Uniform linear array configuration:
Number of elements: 4
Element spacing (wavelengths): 1
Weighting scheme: kaiser
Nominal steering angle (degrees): -30
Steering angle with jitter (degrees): -30.547
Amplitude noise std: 0.05
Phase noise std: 0.05

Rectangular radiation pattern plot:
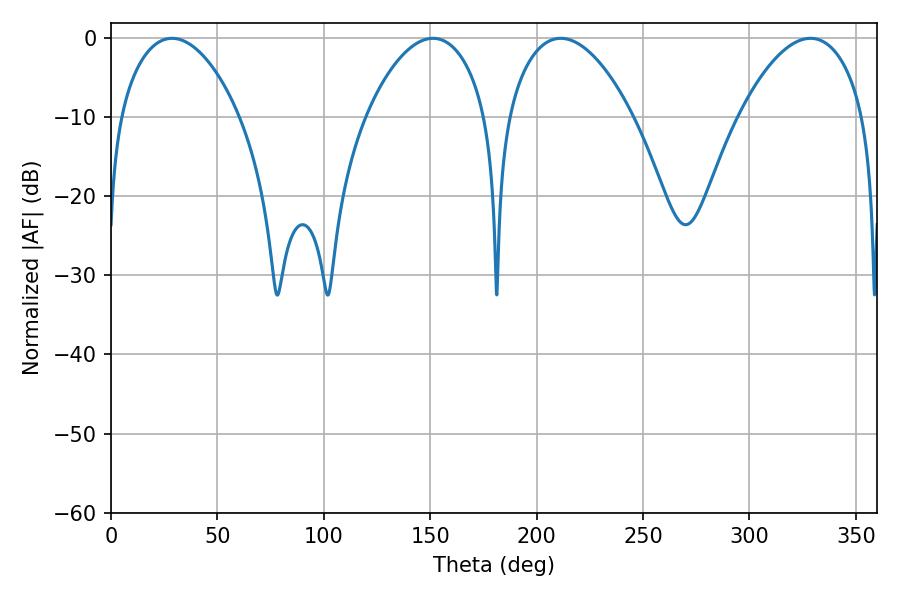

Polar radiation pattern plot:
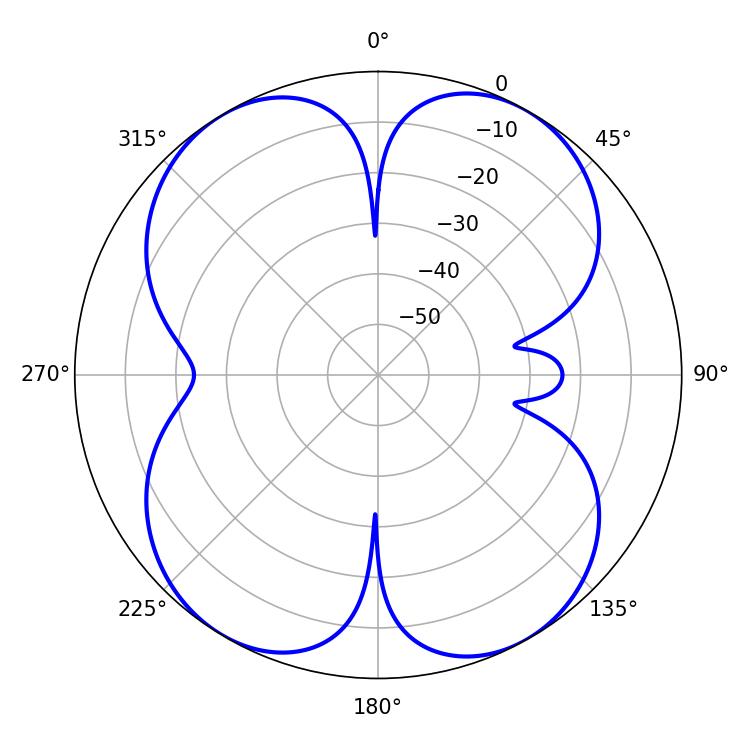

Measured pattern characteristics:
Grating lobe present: TRUE
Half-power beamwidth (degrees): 32.76
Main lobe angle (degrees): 211.32